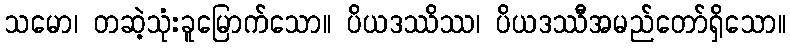
သမော၊ တဆဲ့သုံးခူမြောက်သော။ ပိယဒဿိဿ၊ ပိယဒဿီအမည်တော်ရှိသော။